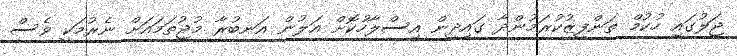
ޖަލުގައި ހުކުމް ތަންފީޒުކުރަމުންދާ ގައިދީން އިސްލާހުކޮށް އަލުން އަނބުރާ މުޖުތަމައަށް ނެރުމަކީ ވެސް